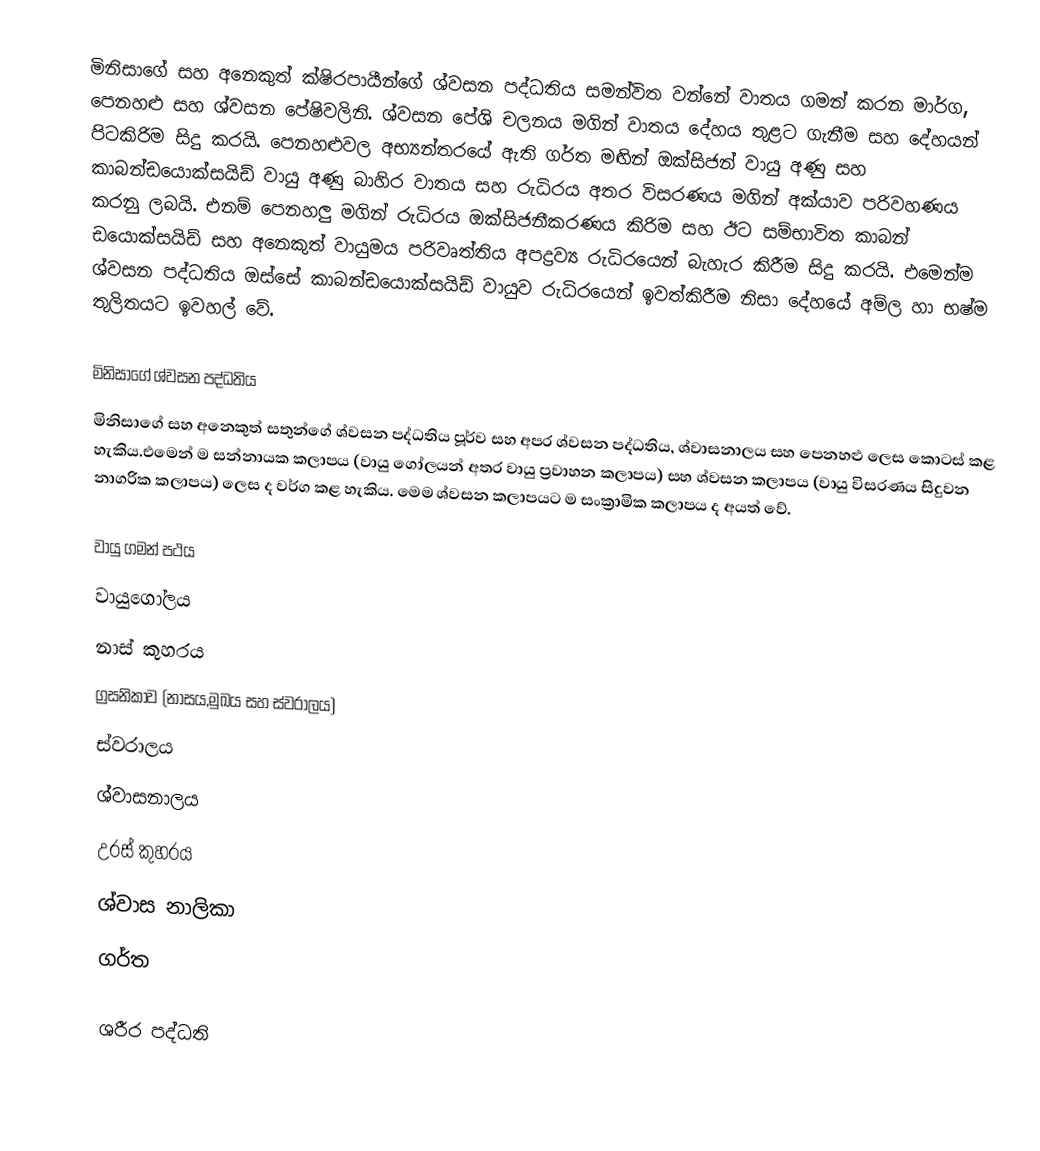
මිනිසාගේ සහ අනෙකුත් ක්ෂිරපායීන්ගේ ශ්වසන පද්ධතිය සමන්විත වන්නේ වාතය ගමන් කරන මාර්ග, පෙනහළු සහ ශ්වසන පේෂිවලිනි. ශ්වසන පේශි චලනය මගින් වාතය දේහය තුළට ගැනීම සහ දේහයන් පිටකිරිම සිදු කරයි. පෙනහළුවල අභ්‍යන්තරයේ ඇති ගර්ත මඟින් ඔක්සිජන් වායු අණු සහ කාබන්ඩයොක්සයිඩ් වායු අණු බාහිර වාතය සහ රුධිරය අතර විසරණය මගින් අක්යාව පරිවහණය කරනු ලබයි. එනම් පෙනහලු මගින් රුධිරය ඔක්සිජනීකරණය කිරිම සහ ඊට සම්භාවිත කාබන් ඩයොක්සයිඩ් සහ අනෙකුත් වායුමය පරිවෘත්තිය අපද්‍රව්‍ය රුධිරයෙන් බැහැර කිරීම සිදු කරයි. එමෙන්ම ශ්වසන පද්ධතිය ඔස්සේ කාබන්ඩයොක්සයිඩ් වායුව රුධිරයෙන් ඉවත්කිරීම නිසා දේහයේ අම්ල හා භෂ්ම තුලිතයට ඉවහල් වේ.

මිනිසාගේ ශ්වසන පද්ධතිය
මිනිසාගේ සහ අනෙකුත් සතුන්ගේ ශ්වසන පද්ධතිය පූර්ව සහ අපර ශ්වසන පද්ධතිය, ශ්වාසනාලය සහ පෙනහළු ලෙස කොටස් කළ හැකිය.එමෙන් ම සන්නායක කලාපය (වායු ගෝලයන් අතර වායු ප්‍රවාහන කලාපය) සහ ශ්වසන කලාපය (වායු විසරණය සිදුවන නාගරික කලාපය) ලෙස ද වර්ග කළ හැකිය. මෙම ශ්වසන කලාපයට ම සංක්‍රාමික කලාපය ද අයත් වේ.

වායු ගමන් පථය
 වායුගෝලය
 නාස් කුහරය
 ග්‍රසනිකාව (නාසය,මුඛය සහ ස්වරාලය)
 ස්වරාලය
 ශ්වාසනාලය
 උරස් කුහරය
 ශ්වාස නාලිකා
 ගර්ත

ශරීර පද්ධති